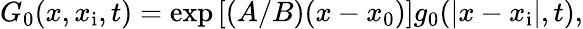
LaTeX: \begin{array}{r}{G_{0}(x,x_{\mathrm{i}},t)=\exp\left[(A/B)(x-x_{0})\right]g_{0}(|x-x_{\mathrm{i}}|,t),}\end{array}